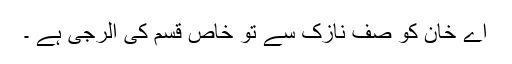
اے خان کو صف نازک سے تو خاص قسم کی الرجی ہے ۔